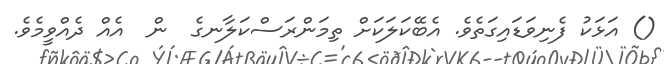
() އަޅަކު ފެނިވަޑައިގަތެވެ. އެބޭކަލަކަށް ތިމަންރަސްކަލާނގެ  ން  އެއް ދެއްވީމެވެ.